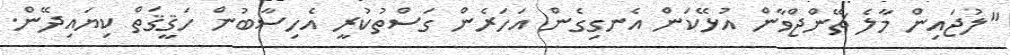
"ލުޖައިން މާލެ ޗޭންޖްވާން އުޅޭކަން އެނގިގެން އަހަރެން ގަސްތުކުރީ އެހިސާބުން ހަޤީޤަތް ކިޔައިދޭން.